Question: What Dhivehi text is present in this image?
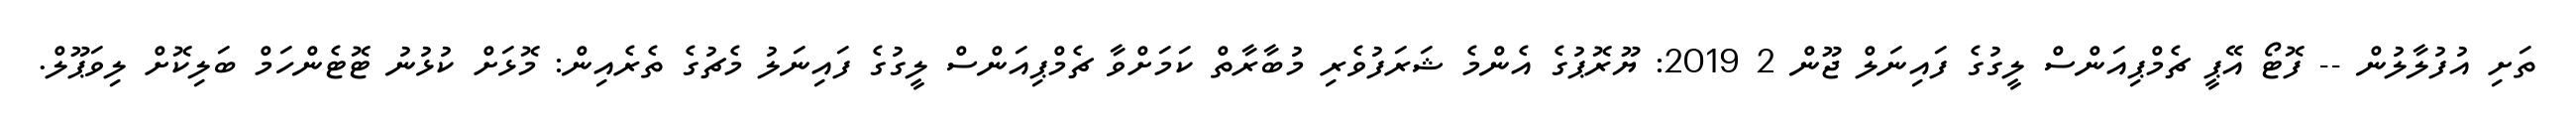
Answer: ތަށި އުފުލާލުން -- ފޮޓޯ އޭޕީ ޗެމްޕިއަންސް ލީގުގެ ފައިނަލް ޖޫން 2 2019: ޔޫރޮޕުގެ އެންމެ ޝަރަފުވެރި މުބާރާތް ކަމަށްވާ ޗެމްޕިއަންސް ލީގުގެ ފައިނަލު މެޗުގެ ތެރެއިން: މޮޅަށް ކުޅުނު ޓޮޓެންހަމް ބަލިކޮށް ލިވަޕޫލް.